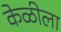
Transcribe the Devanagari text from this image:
केळीला